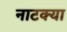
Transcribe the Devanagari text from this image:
नाटक्या